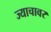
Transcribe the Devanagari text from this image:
ज्याचावर